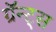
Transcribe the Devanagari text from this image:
ग्रॅन्ट्‍स